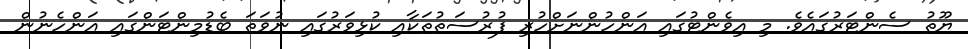
ޔޫތު ސެންޓަރުގައެވެ. މި އިވެންޓުގައި އަންހުންނަށްހުރި ފުރުސަތުތަކާއި ކުޅިވަރުގައި ނުވަތަ ބެޑުމިންޓަންގައި އަންހެނުން